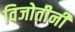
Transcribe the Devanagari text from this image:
विजोतीनी